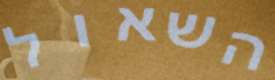
השאול